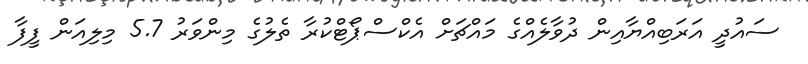
ސައުދީ އަރަބިއްޔާއިން ދުވާލެއްގެ މައްޗަށް އެކްސްޕޯޓްކުރާ ތެލުގެ މިންވަރު 5.7 މިލިއަން ފީފާ